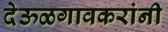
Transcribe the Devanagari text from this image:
देऊळगावकरांनी